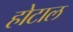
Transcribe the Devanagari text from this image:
होटाल